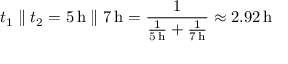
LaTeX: t _ { 1 } \parallel t _ { 2 } = 5 \, \mathrm { h } \parallel 7 \, \mathrm { h } = { \frac { 1 } { { \frac { 1 } { 5 \, \mathrm { h } } } + { \frac { 1 } { 7 \, \mathrm { h } } } } } \approx 2 . 9 2 \, \mathrm { h }